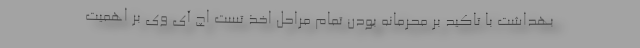
بهداشت با تاکید بر محرمانه بودن تمام مراحل اخذ تست اچ آی وی بر اهمیت